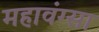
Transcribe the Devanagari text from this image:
महावंग्सा